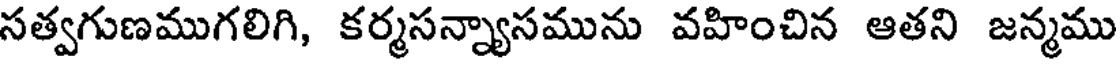
సత్వగుణముగలిగి, కర్మసన్న్యాసమును వహించిన ఆతని జన్మము